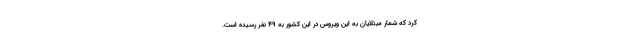
کرد که شمار مبتلایان به این ویروس در این کشور به ۴۹ نفر رسیده است.